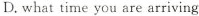
D.what time you are arriving